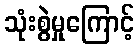
သုံးစွဲမှုကြောင့်